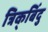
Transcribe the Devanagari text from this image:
त्रिक्‌बिंदु